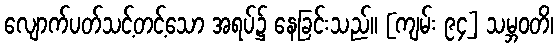
လျောက်ပတ်သင့်တင့်သော အရပ်၌ နေခြင်းသည်။ [ကျမ်း ၉၄] သမ္ဘဝတိ၊